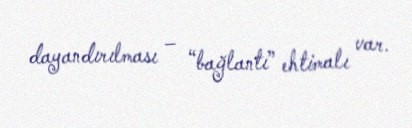
dayandırılması – “bağlantı” ehtimalı var.